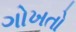
ગોખતો